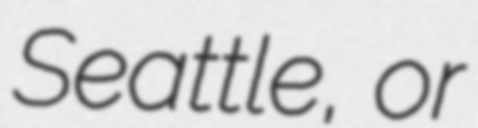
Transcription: Seattle, or